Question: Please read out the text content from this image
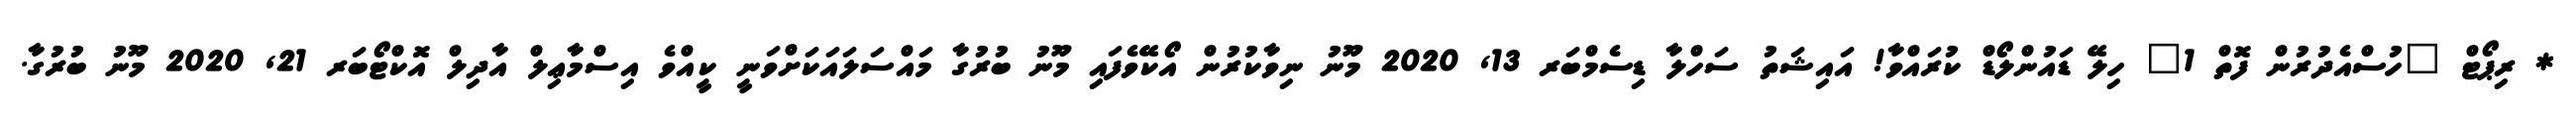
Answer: * ރިޕޯޓް "ހުސްއެދުރުން ފޮތް 1" ހިލޭ ޑައުންލޯޑް ކުރައްވާ! އައިޝަތު ސަހްލާ ޑިސެމްބަރ 13, 2020 މޫނު ނިވާކުރުން އޯކޭވެފައި މޫނު ބުރުގާ މައްސަލައަކަށްވަނީ ކީއްވެ އިސްމާޢިލް އާދިލް އޮކްޓޯބަރ 21, 2020 މޫނު ބުރުގާ.